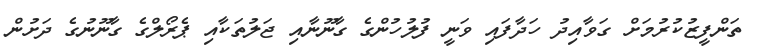
ތަންފީޒުކުރުމަށް ގަވާއިދު ހަދާފައި ވަނީ ފުލުހުންގެ ގާނޫނާއި ޖަލުތަކާއި ޕެރޯލްގެ ގާނޫނުގެ ދަށުން